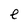
Character: e